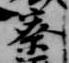
寮